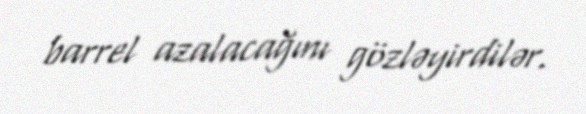
barrel azalacağını gözləyirdilər.